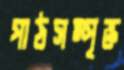
পাঠসম্পৃক্ত